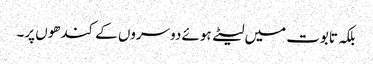
بلکہ تابوت میں لیٹے ہوئے دوسروں کے کندھوں پر۔